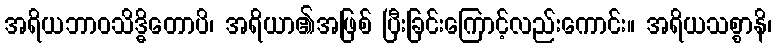
အရိယဘာဝသိဒ္ဓိတောပိ၊ အရိယာ၏အဖြစ် ပြီးခြင်းကြောင့်လည်းကောင်း။ အရိယသစ္စာနိ၊